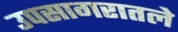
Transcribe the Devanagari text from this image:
उपसागरातले